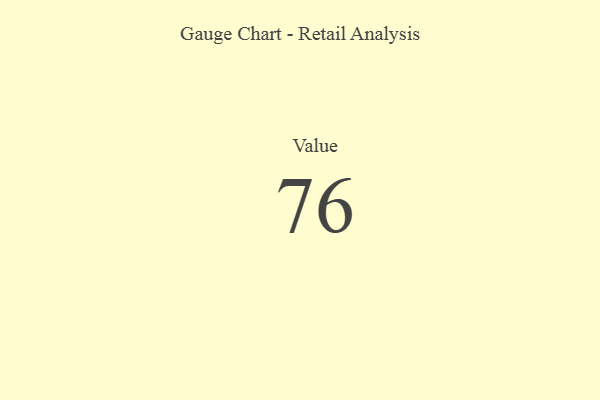
{"axis": {"x": "Metric", "y": "Value"}, "legend": [""], "data": [{"x": "Value", "y": 76, "type": ""}]}